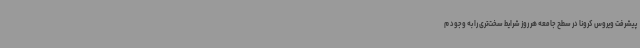
پیشرفت ویروس کرونا در سطح جامعه هر روز شرایط سخت‌تری را به وجود م